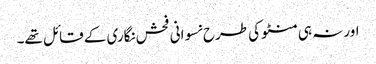
اور نہ ہی منٹو کی طرح نسوانی فحش نگاری کے قائل تھے۔